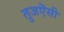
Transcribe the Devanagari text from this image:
तुजऎसी